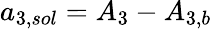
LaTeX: {a_{3,sol}}={A_{3}}-{A_{3,b}}